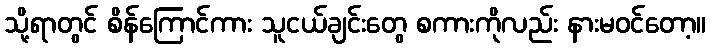
သို့ရာတွင် စိန်ကြောင်ကား သူငယ်ချင်းတွေ စကားကိုလည်း နားမဝင်တော့။